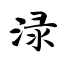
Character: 渌